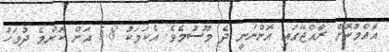
އާއްމުކޮށް ރާއްޖޭގައި އޮންނަނީ ދެ މޫސުމެވެ. އެކަމަކު 5.8 އަށް ކޮންމެ ދުވަހު